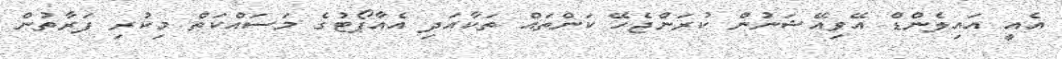
އެއީ އައިލެންޑް އޭވިއޭޝަނުން ކުރަންޖެހޭ ކަންތައް ތަކާއަދި އެއާޕޯޓުގެ މަސައްކަތް މިކުރި ފަރާތުން